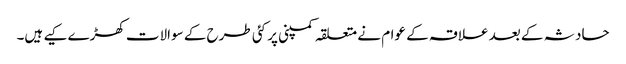
حادثہ کے بعد علاقہ کے عوام نے متعلقہ کمپنی پر کئی طرح کے سوالات کھڑے کیے ہیں۔